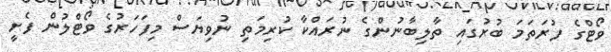
ވޯޓްގެ ފުރަތަމަ ބުރުގައި ތާލިބާނުންގެ ނުރައްކާ ކުރިމަތި ނުވިޔަސް މިފަހަރުގެ ވޯޓްލުން ފެށީ